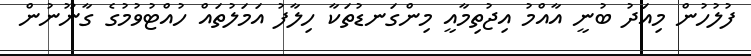
ފުލުހުން މިއަދު ބުނީ އާއްމު އިޖުތިމާއީ މިންގަނޑުތަކާ ހިލާފު އަމަލުތައް ހުއްޓުވުމުގެ ގާނޫނުން